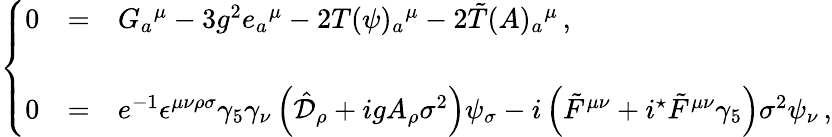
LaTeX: \left\{ \begin{array}{rcl}{{0}}&{{=}}&{{G_{a}{}^{\mu}-3g^{2}e_{a}{}^{\mu}-2T(\psi)_{a}{}^{\mu}-2\tilde{T}(A)_{a}{}^{\mu}\, ,}}\\ {{}}&{{}}&{{}}\\ {{0}}&{{=}}&{{e^{-1}\epsilon^{\mu\nu\rho\sigma}\gamma_{5}\gamma_{\nu}\left(\hat{\cal D}_{\rho}+igA_{\rho}\sigma^{2}\right)\psi_{\sigma}-i\left(\tilde{F}^{\mu\nu}+i{}^{\star}\tilde{F}^{\mu\nu}\gamma_{5}\right)\sigma^{2}\psi_{\nu}\, ,}}\end{array}\right.